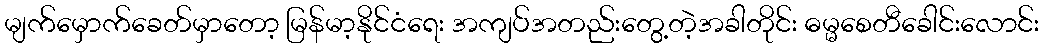
မျက်မှောက်ခေတ်မှာတော့ မြန်မာ့နိုင်ငံရေး အကျပ်အတည်းတွေ့တဲ့အခါတိုင်း ဓမ္မစေတီခေါင်းလောင်း